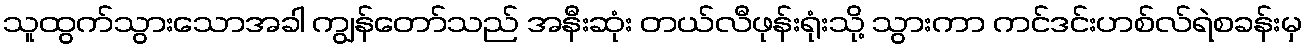
သူထွက်သွားသောအခါ ကျွန်တော်သည် အနီးဆုံး တယ်လီဖုန်းရုံးသို့ သွားကာ ကင်ဒင်းဟစ်လ်ရဲစခန်းမှ